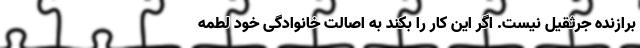
برازنده جرثقیل نیست. اگر این کار را بکند به اصالت خانوادگی خود لطمه